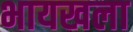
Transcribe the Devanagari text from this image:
भायखला